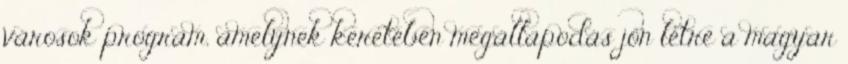
városok program, amelynek keretében megállapodás jön létre a magyar